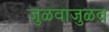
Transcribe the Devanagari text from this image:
जुळवाजुळव